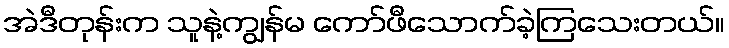
အဲဒီတုန်းက သူနဲ့ကျွန်မ ကော်ဖီသောက်ခဲ့ကြသေးတယ်။